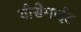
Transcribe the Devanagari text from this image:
योसेमाईट